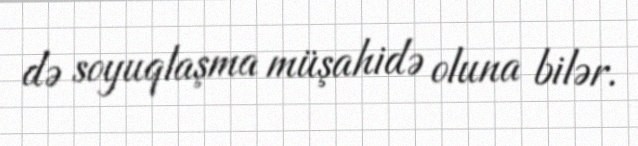
də soyuqlaşma müşahidə oluna bilər.